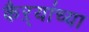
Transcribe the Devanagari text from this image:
कैऱ्यांच्या